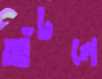
আঁটলে